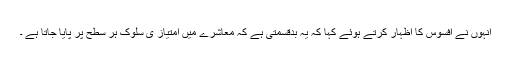
انہوں نے افسوس کا اظہار کرتے ہوئے کہا کہ یہ بدقسمتی ہے کہ معاشرے میں امتیاز ی سلوک ہر سطح پر پایا جاتا ہے ۔